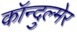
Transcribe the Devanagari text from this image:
कॉन्दुल्मेर